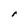
Character: r